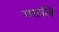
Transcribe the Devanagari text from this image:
मछलि